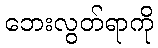
ဘေးလွတ်ရာကို